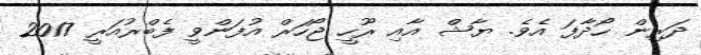
ދަރިން ހޯދާފަ އެވެ. ޔާޝް އާއި ރޫހީ ޖޯހަރް އުފަންވީ ފެބްރުއަރީ 2017